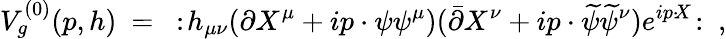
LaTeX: V_{g}^{(0)}(p,h)~=~:\! h_{\mu\nu}(\partial X^{\mu}+ip\cdot\psi\psi^{\mu})({\bar{\partial}}X^{\nu}+ip\cdot{\widetilde\psi}{\widetilde\psi}^{\nu})e^{ip\cdot\! X}\! :~,